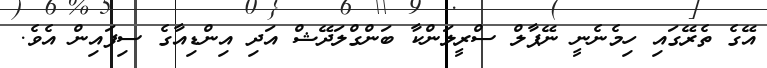
އޭގެ ތެރޭގައި ހިމެނެނީ ނޭޕާލް ސްރީލަންކާ ބަންގްލަދޭޝް އަދި އިންޑިއާގެ ސިފައިން އެވެ.